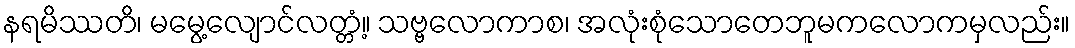
နရမိဿတိ၊ မမွေ့လျောင်လတ္တံ့။ သဗ္ဗလောကာစ၊ အလုံးစုံသောတေဘူမကလောကမှလည်း။